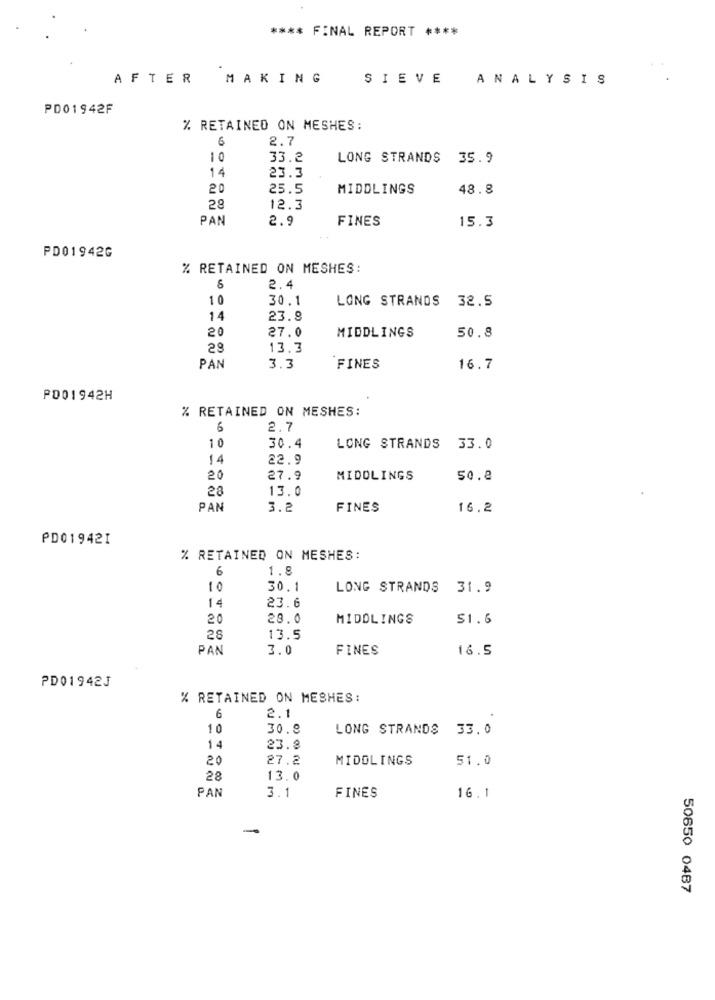
**** FINAL REPORT ****
AFTER MAKING
SIEVE
ANALYSIS
PD01942F
% RETAINED ON MESHES:
2.7
10
33.2
LONG STRANDS 35.9
14
23.3
20
25.5
MIDDLINGS
48.8
29
12.3
PAN
2.9
FINES
15.3
PD01942G
% RETAINED ON MESHES:
2.4
10
30.1
LONG STRANDS 32.5
14
23.8
20
27.0
MIDDLINGS
50.8
28
13.3
PAN
3.3
FINES
16.7
PD01942H
% RETAINED ON MESHES:
6
2.7
10
30.4
LONG STRANDS 33.0
14
22.9
20
27.9
MIDOLINGS
50.2
28
13.0
PAN
3.2
FINES
16.2
PD01942I
% RETAINED ON MESHES:
6
1.8
10
30.1
LONG STRANDS 31.9
14
23.6
20
23.0
MIDDLINGS
51.6
28
13.5
PAN
3.0
FINES
16.5
PD01942J
% RETAINED ON MESHES:
6
2.1
10
30.9
LONG STRANDS 33.0
14
23.8
20
27.2
MIDOLINGS
51.0
28
13.0
PAN
3.1
FINES
16.1
-
50650 0487